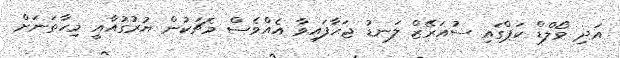
އަދި ވޯލްޑް ކަޕްގައި ސުއަރޭޒް ލަނޑު ޖަހާފައިވާ އެއްވެސް މެޗަކުން ޔުރުގުއާއީ މިހާތަނަށް